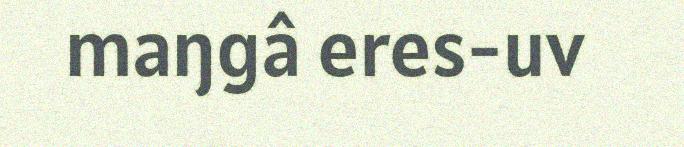
maŋgâ eres-uv